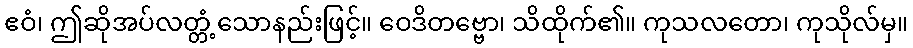
ဧဝံ၊ ဤဆိုအပ်လတ္တံ့သောနည်းဖြင့်။ ဝေဒိတဗ္ဗော၊ သိထိုက်၏။ ကုသလတော၊ ကုသိုလ်မှ။